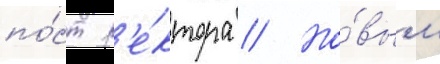
по́ст р'е́ктора // Но́вым